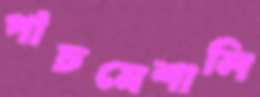
পাঁচমেশালি